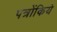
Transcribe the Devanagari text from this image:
पत्रोंकिये